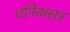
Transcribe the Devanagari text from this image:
धनिकसर